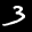
Label: 3